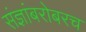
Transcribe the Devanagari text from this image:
संज्ञांबरोबरच